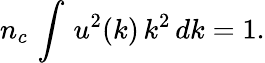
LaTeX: n_{c}\, \int\, u^{2}(k)\, k^{2}\, dk=1.